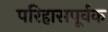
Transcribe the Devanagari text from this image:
परिहासपूर्वक